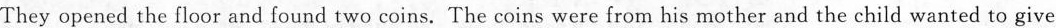
They opened the floor and found two coins. The coins were from his mother and the child wanted to give